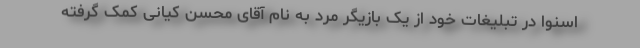
اسنوا در تبلیغات خود از یک بازیگر مرد به نام آقای محسن کیانی کمک گرفته